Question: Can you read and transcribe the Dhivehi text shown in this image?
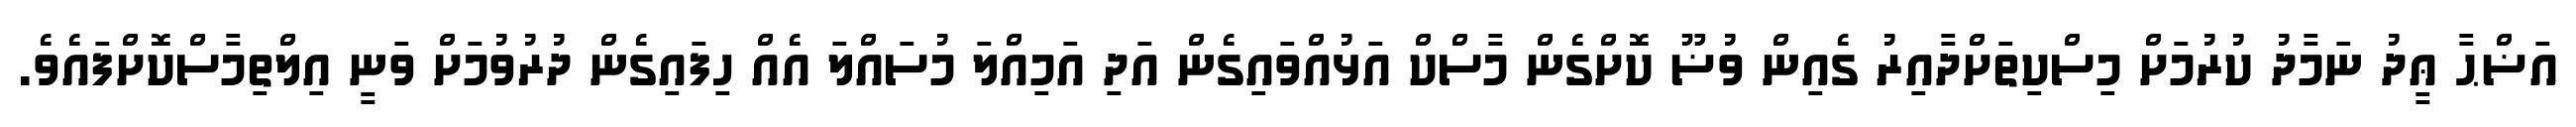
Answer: އަޟްޙާ ޢީދު ނަމާދު ކުރުމަށް މިސްކިތަށްދާއިރު ގެއިން ވުޟޫ ކޮށްގެން މާސްކް އަޅުއްވައިގެން އަދި އަމިއްލަ މުސައްލަ އެއް ހިފައިގެން ދުރުވުމަށް ވަނީ އިލްތިމާސްކޮށްފައެވެ.